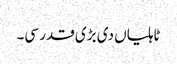
ٹاہلیاں دی بڑی قدر سی۔